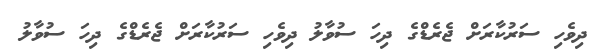
ދިވެހި ސަރުކާރަށް ޖެރެޑްގެ ދިހަ ސުވާލު ދިވެހި ސަރުކާރަށް ޖެރެޑްގެ ދިހަ ސުވާލު